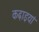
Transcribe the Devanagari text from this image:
कढ़ाइयां